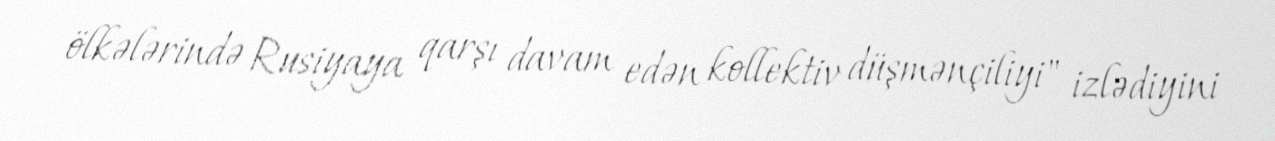
ölkələrində Rusiyaya qarşı davam edən kollektiv düşmənçiliyi" izlədiyini